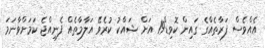
އެއްވެސް ފަރާތެއްގެ ގައިން ކޮވިޑް19 އަށް ޝައްކު ކުރެވޭ އަލާމާތެއް ފެނިއްޖެ ކަމަށްވާނަމަ